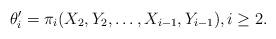
LaTeX: \begin{align*}\theta'_i=\pi_i(X_2,Y_2,\dots,X_{i-1},Y_{i-1}), i\ge 2.\end{align*}